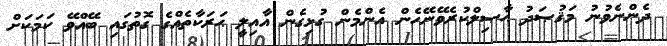
ދެންނެވުނު މަޤުޞަދު ޙާޞިލްކުރެވޭނޭހެން އެންމެން ގުޅިގެން އާއިލީ ޙަރަކާތެއްގެ ގޮތުގައި ބޭއްވޭ ކަމަކަށް